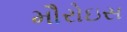
મૌરોઇસ